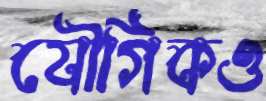
যৌগিকও